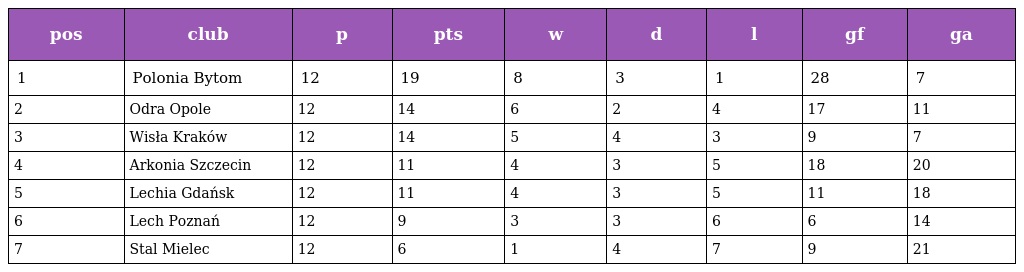
| pos | club | p | pts | w | d | l | gf | ga |
 | --- | --- | --- | --- | --- | --- | --- | --- | --- |
 | 1 | Polonia Bytom | 12 | 19 | 8 | 3 | 1 | 28 | 7 |
 | 2 | Odra Opole | 12 | 14 | 6 | 2 | 4 | 17 | 11 |
 | 3 | Wisła Kraków | 12 | 14 | 5 | 4 | 3 | 9 | 7 |
 | 4 | Arkonia Szczecin | 12 | 11 | 4 | 3 | 5 | 18 | 20 |
 | 5 | Lechia Gdańsk | 12 | 11 | 4 | 3 | 5 | 11 | 18 |
 | 6 | Lech Poznań | 12 | 9 | 3 | 3 | 6 | 6 | 14 |
 | 7 | Stal Mielec | 12 | 6 | 1 | 4 | 7 | 9 | 21 |